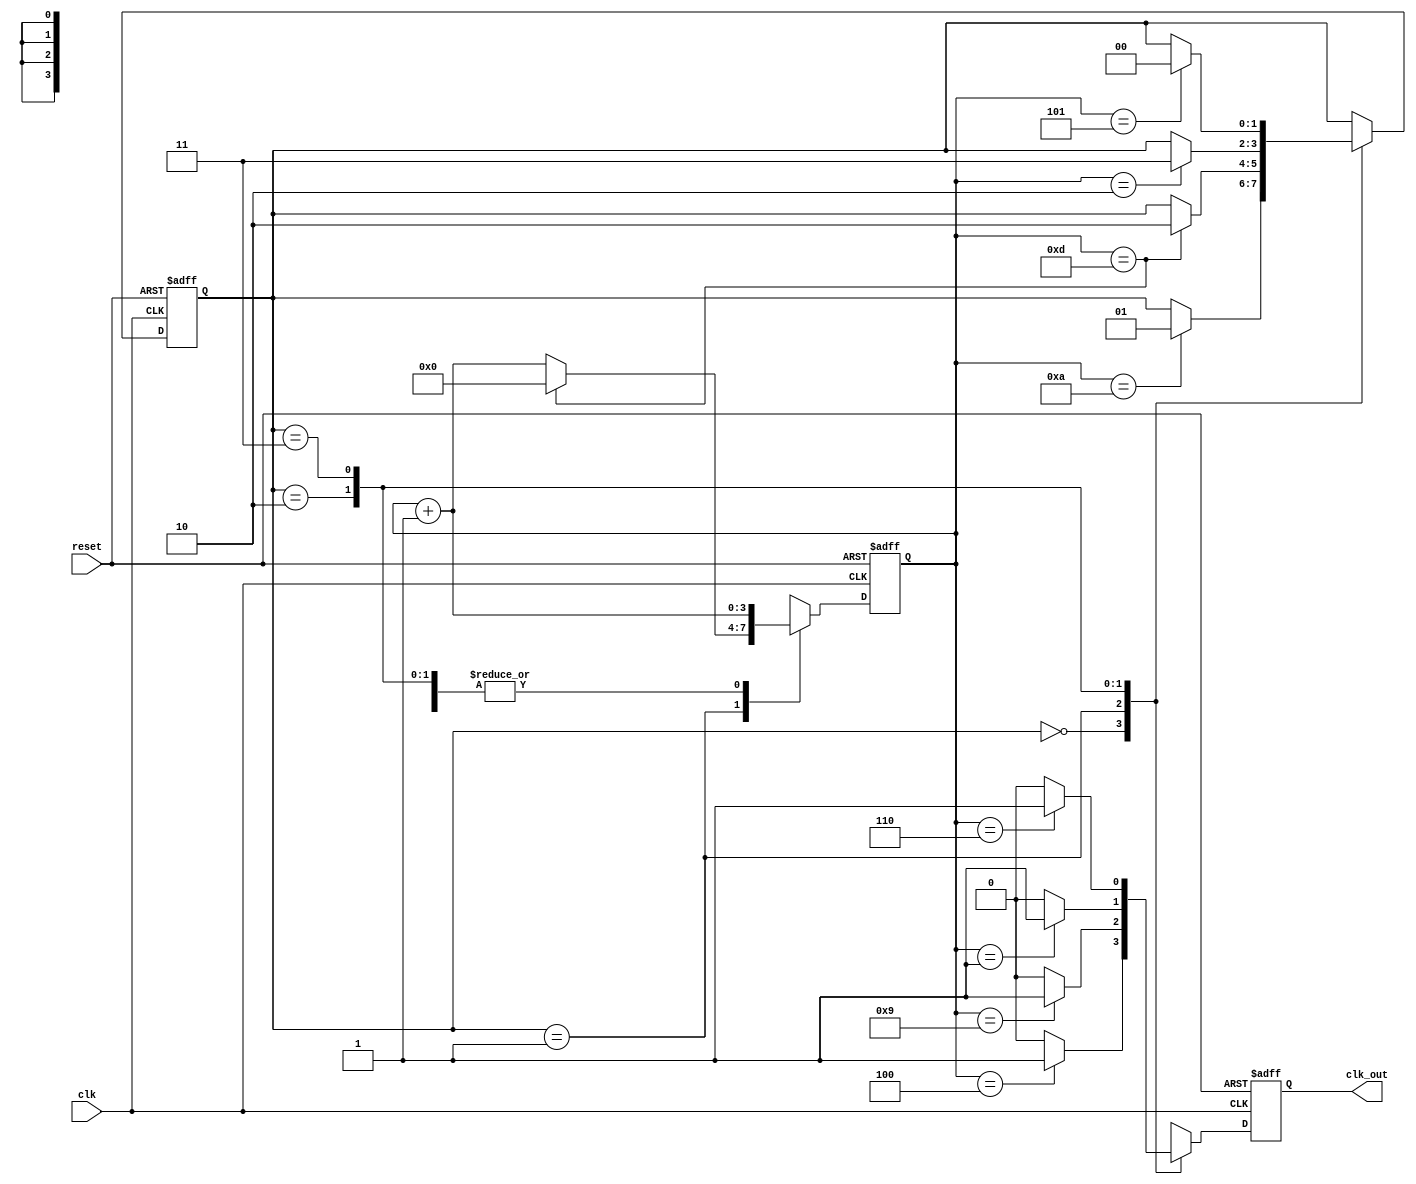
module johnson_counter_clock_divider(
  input wire clk,
  input wire reset,
  output reg clk_out
);

reg [3:0] count;
reg [1:0] state;

always @(posedge clk or posedge reset) begin
  if (reset) begin
    count <= 4'b0000;
    state <= 2'b00;
  end
  else begin
    case(state)
      2'b00: begin
        if (count == 4'b1010) begin
          state <= 2'b01;
          count <= count + 1;
        end
        else begin
          count <= count + 1;
        end
      end
      2'b01: begin
        if (count == 4'b1101) begin
          state <= 2'b10;
          count <= 4'b0000;
        end
        else begin
          count <= count + 1;
        end
      end
      2'b10: begin
        if (count == 4'b0010) begin
          state <= 2'b11;
          count <= count + 1;
        end
        else begin
          count <= count + 1;
        end
      end
      2'b11: begin
        if (count == 4'b0101) begin
          state <= 2'b00;
          count <= count + 1;
        end
        else begin
          count <= count + 1;
        end
      end
    endcase
  end
end

always @(posedge clk or posedge reset) begin
  if (reset) begin
    clk_out <= 1'b0;
  end
  else begin
    case(state)
      2'b00: begin
        if (count == 4'b0100) begin
          clk_out <= 1'b1;
        end
        else begin
          clk_out <= 1'b0;
        end
      end
      2'b01: begin
        if (count == 4'b1001) begin
          clk_out <= 1'b1;
        end
        else begin
          clk_out <= 1'b0;
        end
      end
      2'b10: begin
        if (count == 4'b0001) begin
          clk_out <= 1'b1;
        end
        else begin
          clk_out <= 1'b0;
        end
      end
      2'b11: begin
        if (count == 4'b0110) begin
          clk_out <= 1'b1;
        end
        else begin
          clk_out <= 1'b0;
        end
      end
    endcase
  end
end

endmodule